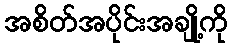
အစိတ်အပိုင်းအချို့ကို